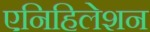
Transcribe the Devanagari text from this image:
एनिहिलेशन